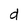
Character: d